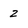
Character: 2